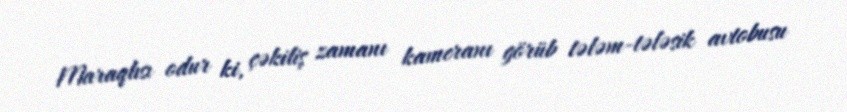
Maraqlısı odur ki, çəkiliş zamanı kameranı görüb tələm-tələsik avtobusu